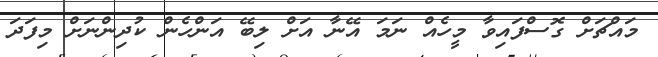
މައްޗަށް ގޮސްފައިވާ މީހެއް ނަމަ އޭނާ އަށް ލިބޭ އަންހެން ކުދިންނަށް މިފަދަ